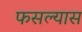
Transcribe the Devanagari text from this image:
फसल्यास